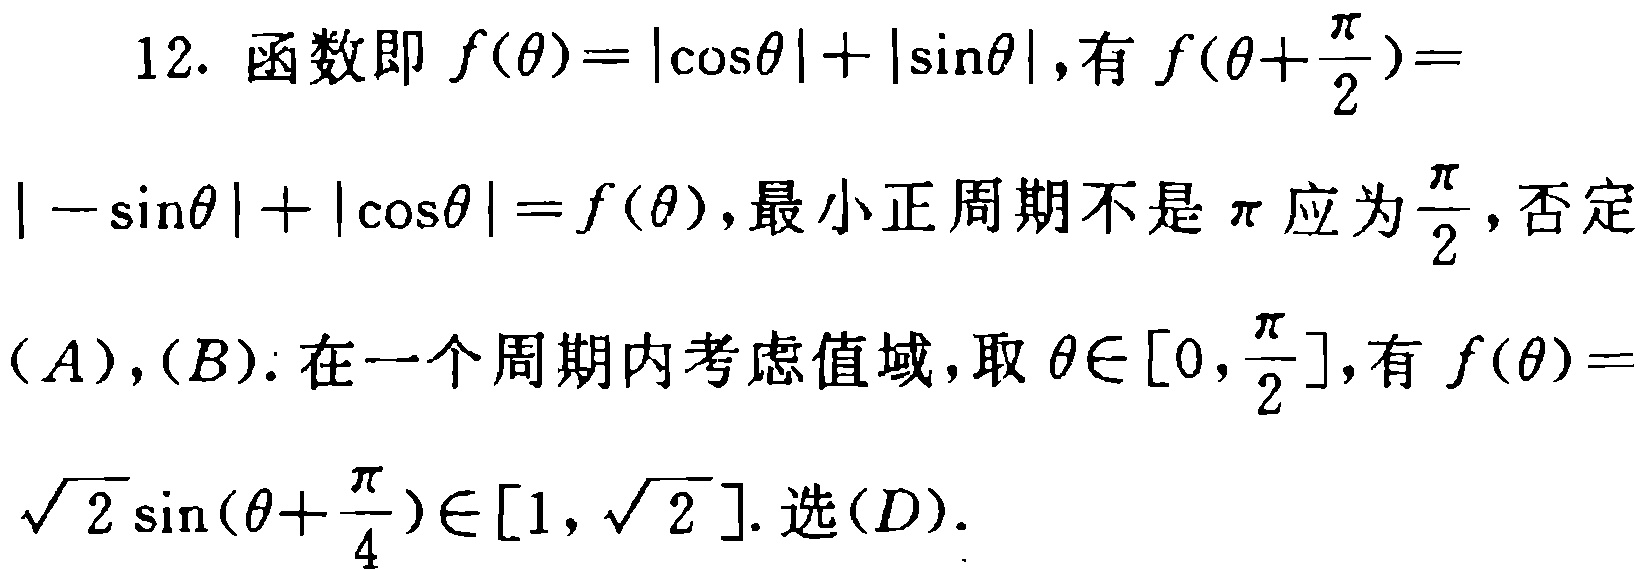
12. 函数即 \(f(\theta)=|\cos\theta| + |\sin\theta|\)，有 \(f(\theta+\frac{\pi}{2})=|-\sin\theta| + |\cos\theta| = f(\theta)\)，最小正周期不是 \(\pi\) 应为 \(\frac{\pi}{2}\)，否定\((A),(B)\)：在一个周期内考虑值域，取 \(\theta\in[0,\frac{\pi}{2}]\)，有 \(f(\theta)=\sqrt{2}\sin(\theta+\frac{\pi}{4})\in[1,\sqrt{2}]\). 选\((D)\).